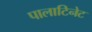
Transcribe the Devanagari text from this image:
पालाटिनेट